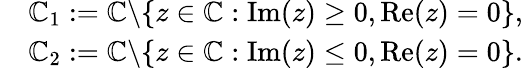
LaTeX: \begin{array}{rl}&{\mathbb{C}_{1}:=\mathbb{C}\backslash\{ z\in\mathbb{C}:\operatorname{Im}(z)\geq 0,\operatorname{Re}(z)=0\} ,}\\ &{\mathbb{C}_{2}:=\mathbb{C}\backslash\{ z\in\mathbb{C}:\operatorname{Im}(z)\leq 0,\operatorname{Re}(z)=0\} .}\end{array}